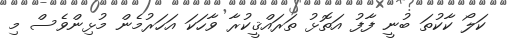
ކަލޯ ކާކުތަ ބުނީ ފާފު އަތޮޅު ތަރައްޤީކުރާ ވާހަކަ އަހަރުމެން މުޅިންވެސް މި